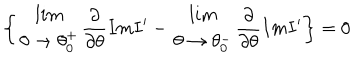
LaTeX: \left\{ \begin{array} { c } { { l i m } } \\ { { \theta \rightarrow \theta _ { 0 } ^ { + } } } \\ \end{array} \frac { \partial } { \partial \theta } I m I ^ { \prime } - \begin{array} { c } { { l i m } } \\ { { \theta \rightarrow \theta _ { 0 } ^ { - } } } \\ \end{array} \frac { \partial } { \partial \theta } I m I ^ { \prime } \right\} = 0